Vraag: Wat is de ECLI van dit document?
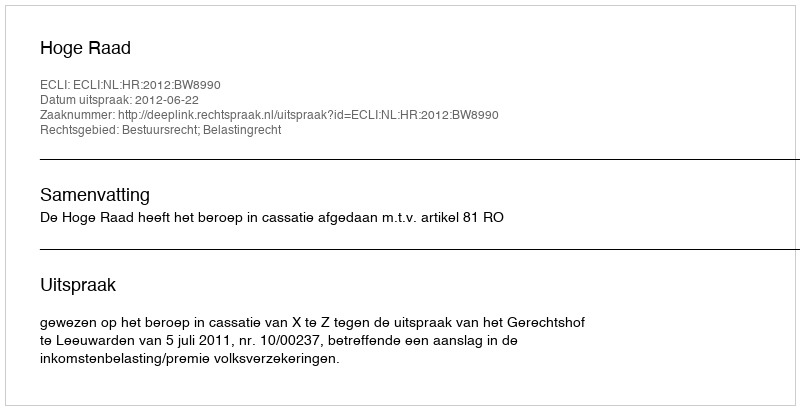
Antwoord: ECLI:NL:HR:2012:BW8990